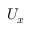
U _ { x }